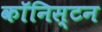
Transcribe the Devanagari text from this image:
कॉनिस्टन